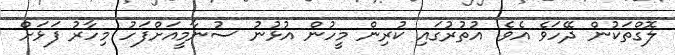
ލޮގްތަކުން ދޭހަވެ އެވެ. އުތުރުގައި ކުރިން މީހުން އުޅުނު ސުނާމީއަށްފަހު މިހާރު ފަޅަށް